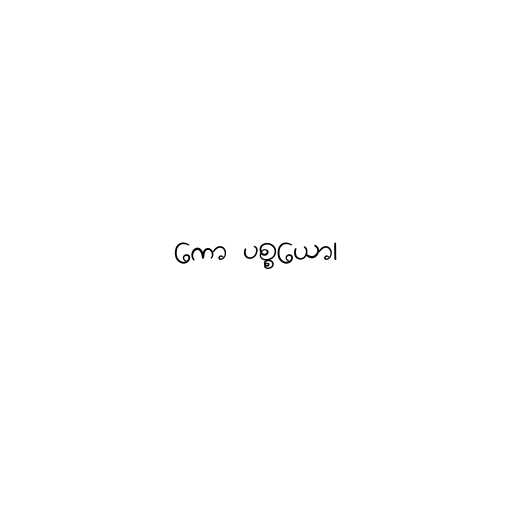
ကော ပစ္စယော၊